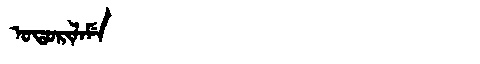
Manchu: ᠣᡨᠣᡵᡳᠯᠠᠮᡝ
Romanization: OTORILAME